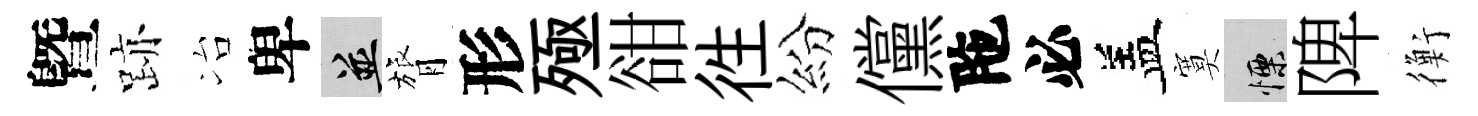
曁跡冶卑并膂形殛𧮳徃紛儻陁必盖寞慄陴衡